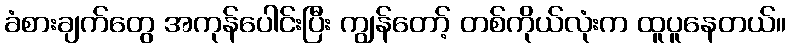
ခံစားချက်တွေ အကုန်ပေါင်းပြီး ကျွန်တော့် တစ်ကိုယ်လုံးက ထူပူနေတယ်။